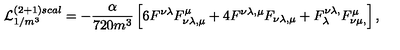
{ \cal L } _ { 1 / m ^ { 3 } } ^ { ( 2 + 1 ) s c a l } = - \frac { \alpha } { 7 2 0 m ^ { 3 } } \left[ 6 F ^ { \nu \lambda } F _ { \nu \lambda , \mu } ^ { \mu } + 4 F ^ { \nu \lambda , \mu } F _ { \nu \lambda , \mu } + F _ { \lambda } ^ { \nu \lambda , } F _ { \nu \mu , } ^ { \mu } \right] ,